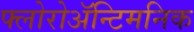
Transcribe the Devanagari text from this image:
फ्लोरोअॅन्टिमनिक